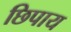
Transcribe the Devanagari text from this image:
छिपाय